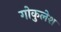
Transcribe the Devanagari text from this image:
गोकुलेश